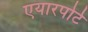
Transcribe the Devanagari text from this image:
एयारपोर्ट